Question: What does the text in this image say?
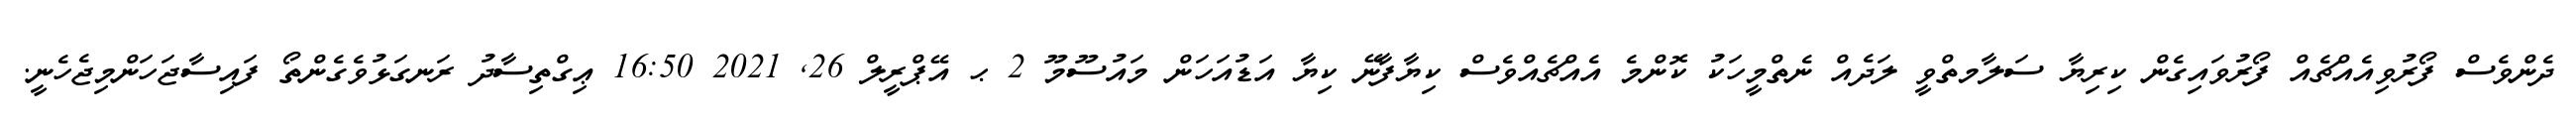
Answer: ދެންވެސް ފޯރުވިއެއްޗެއް ފޯރުވައިގެން ކިރިޔާ ސަލާމތްވީ ލަދެއް ނެތްމީހަކު ކޮންމެ އެއްޗެއްވެސް ކިޔާފާނޭ ކިޔާ އަޑުއަހަން މައުސޫމޫ 2 ޙ އޭޕްރީލް 26, 2021 16:50 ޢިގްތިސާދު ރަނގަޅުވެގެންތޯ ފައިސާޖަހަންމިޖެހެނީ.